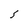
Character: 5